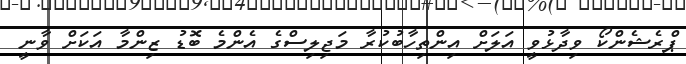
ޕްރެޝެންކޯ ވިދާޅުވީ އަލަށް އިންތިހާބުކުރާ މަޖިލިސްގެ އެންމެ ބޮޑު ޒިންމާ އަކަށް ވާނީ